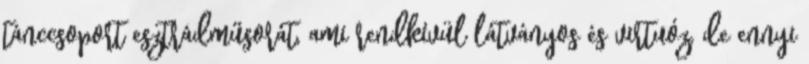
tánccsoport esztrádműsorát, ami rendkívül látványos és virtuóz, de ennyi